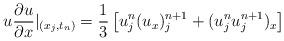
LaTeX: \begin{align*} u\frac{\partial u}{\partial x}|_{(x_j,t_n)}=\frac{1}{3}\left[u_j^n(u_x)_j^{n+1}+(u_j^nu_j^{n+1})_x\right]\end{align*}